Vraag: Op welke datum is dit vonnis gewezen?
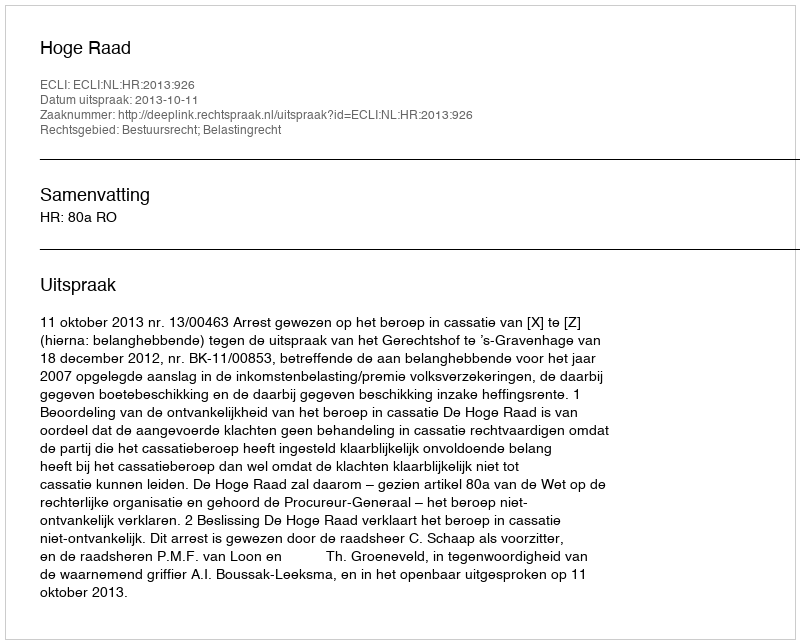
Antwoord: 2013-10-11